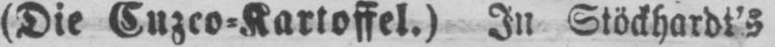
(Die Cuzco⸗Kartoffel.) In Stöckhardt’s